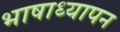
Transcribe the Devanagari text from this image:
भाषाध्यापन